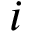
i